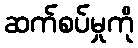
ဆက်စပ်မှုကို